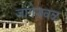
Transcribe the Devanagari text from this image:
जागेजवळ